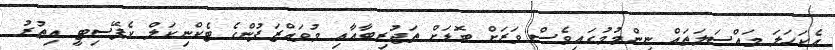
އެކަހަލަ މައްސަލަތައް ނިންމުމުގައިވެސް ވަރަށް ބޮޑަށް ތަޖުރިބާއާއި މުވައްޒަފުންގެ ޓެކްނިކަލް ކެޕޭސިޓީ އިތުރު